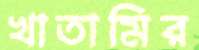
খাতামির